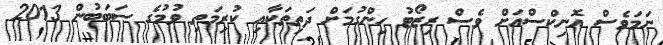
ނަމަވެސް އޮނިކްސްއަށް ވެސް ރިޒޯޓު ހިންގުމަށް ދަތިތަކާއި ކުރިމަތި ވުމުގެ ސަބަބުން 2013